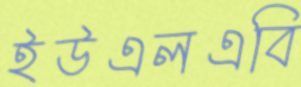
ইউএলএবি